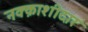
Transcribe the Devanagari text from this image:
नक्क़ाशीदार